Mental hospitals Bombay report 1929-33 - 1929-1933
Year: 1929
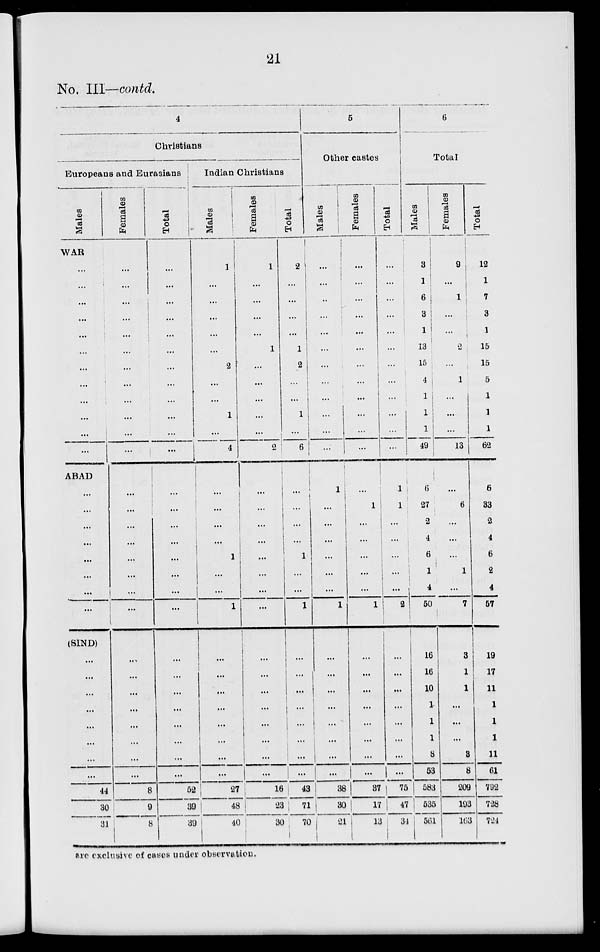
21
No. III—contd.
4
Christians
Europeans and Eurasians
Males
WAR
...
...
...
...
...
...
...
...
...
...
...
...
ABAD
...
...
...
...
...
...
...
...
(SIND)
...
...
...
...
...
...
...
...
44
30
31
Females
...
...
...
...
...
...
...
...
...
...
...
...
...
...
...
...
...
...
...
...
...
...
...
...
...
...
...
...
8
9
8
Total
...
...
...
...
...
...
...
...
...
...
...
...
...
...
...
...
...
...
...
...
...
...
...
...
...
...
...
...
52
39
39
Indian Christians
Males
1
...
...
...
...
...
2
...
...
1
...
4
...
...
...
...
...
...
...
1
...
...
...
...
...
...
...
...
27
48
40
Females
1
...
...
...
...
1
...
...
...
...
...
2
...
...
...
...
...
...
...
...
...
...
...
...
...
...
...
...
16
23
30
Total
2
...
...
...
...
1
2
...
...
1
...
6
...
...
...
...
1
...
...
1
...
...
...
...
...
...
...
...
43
71
70
5
Other castes
Males
...
...
...
...
...
...
...
...
...
...
...
...
1
...
...
...
...
...
...
1
...
...
...
...
...
...
...
...
38
30
21
Females
...
...
...
...
...
...
...
...
...
...
...
...
...
1
...
...
...
...
...
1
...
...
...
...
...
...
...
...
37
17
13
Total
...
...
...
...
...
...
...
...
...
...
...
...
1
1
...
...
...
...
...
9
...
...
...
...
...
...
...
...
75
47
34
6
Total
Males
3
1
6
3
1
13
15
4
1
1
1
49
6
27
2
4
6
1
4
50
16
16
10
1
1
1
8
53
583
535
561
Females
9
...
1
...
...
2
...
1
...
...
...
13
...
6
...
...
...
1
...
7
3
1
1
...
...
...
3
8
209
193
163
Total
12
1
7
3
1
15
15
5
1
1
1
62
6
33
2
4
6
2
4
57
19
17
11
1
1
1
11
61
792
728
724
are exclusive of cases under observation.